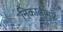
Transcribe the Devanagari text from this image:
निकालामुळे